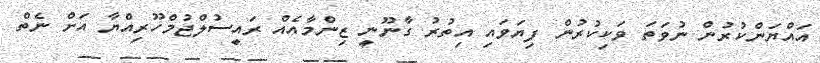
އައްޔަންކުރުން ނުވަތަ ވަކިކުރުން ފިޔަވައި އިތުރު ގާނޫނީ ޒިންމާއެއް ރައީސުލްޖުމްހޫރިއްޔާ އަށް ނެތް